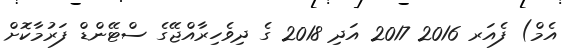
އެމް) ފެއަރ 2016 2017 އަދި 2018 ގެ ދިވެހިރާއްޖޭގެ ސްޓޭންޑް ފަރުމާކޮށް